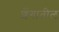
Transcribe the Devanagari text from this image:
शेंगातील